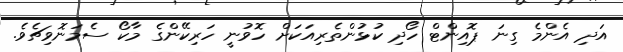
އަދި އެންމެ ގިނަ ޕޮއިންޓް ހޯދި ކުޅުންތެރިއަކަށް ހޮވުނީ ހަރިކޭންގެ މާކޯ ސެމަނޮވިޗެވެ.